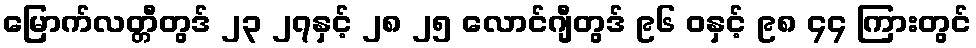
မြောက်လတ္တီတွဒ် ၂၃ ၂၇နှင့် ၂၈ ၂၅ လောင်ဂျီတွဒ် ၉၆ ဝနှင့် ၉၈ ၄၄ ကြားတွင်